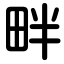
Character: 畔